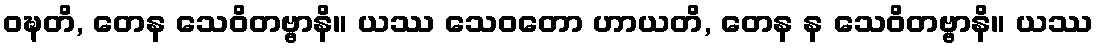
ဝဍ္ဎတိ, တေန သေဝိတဗ္ဗာနိ။ ယဿ သေဝတော ဟာယတိ, တေန န သေဝိတဗ္ဗာနိ။ ယဿ